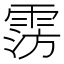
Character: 𩃎